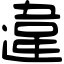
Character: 違